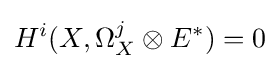
H^{i}(X,\Omega _{X}^{j}\otimes E^{*})=0